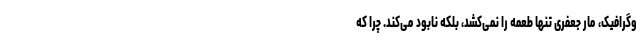
وگرافیک، مار جعفری تنها طعمه را نمی‌کشد، بلکه نابود می‌کند. چرا که